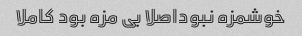
خوشمزه نبوداصلا بی مزه بود کاملا